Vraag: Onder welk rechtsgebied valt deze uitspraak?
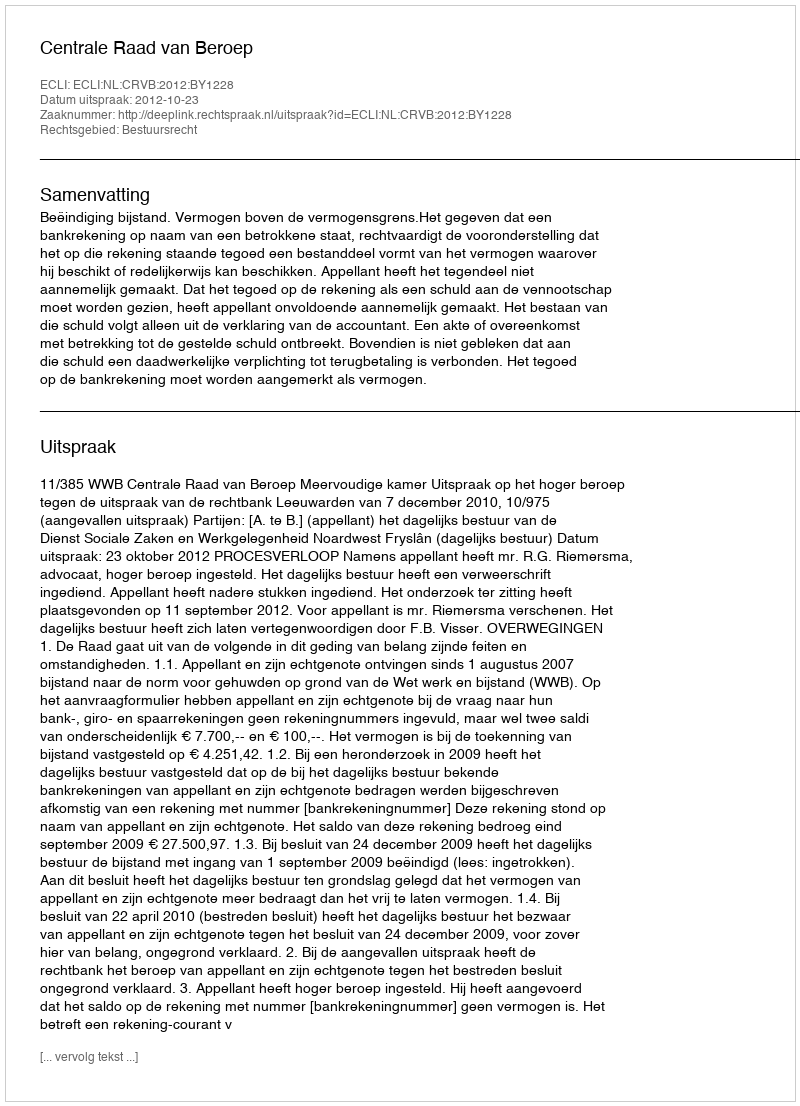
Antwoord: Bestuursrecht